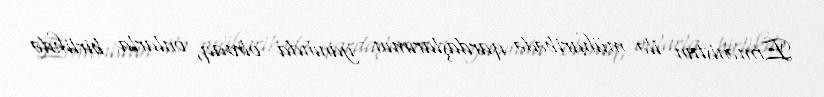
Ermənistan ilə müharibədə qardaşlarımın yanında olmaq, onlarla birlikdə